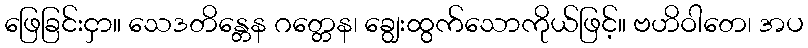
ဖြေခြင်းငှာ။ သေဒတိန္တေန ဂတ္တေန၊ ချွေးထွက်သောကိုယ်ဖြင့်။ ဗဟိဝါတေ၊ အပ